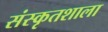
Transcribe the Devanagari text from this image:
संस्कृतशाला